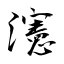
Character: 瀗